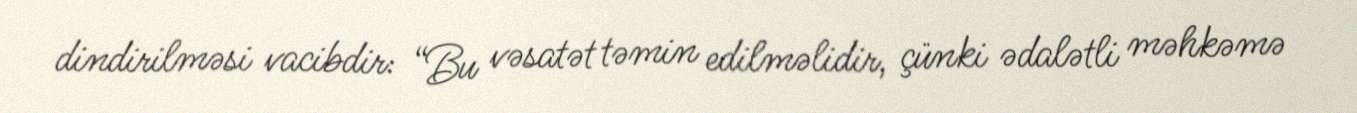
dindirilməsi vacibdir: “Bu vəsatət təmin edilməlidir, çünki ədalətli məhkəmə